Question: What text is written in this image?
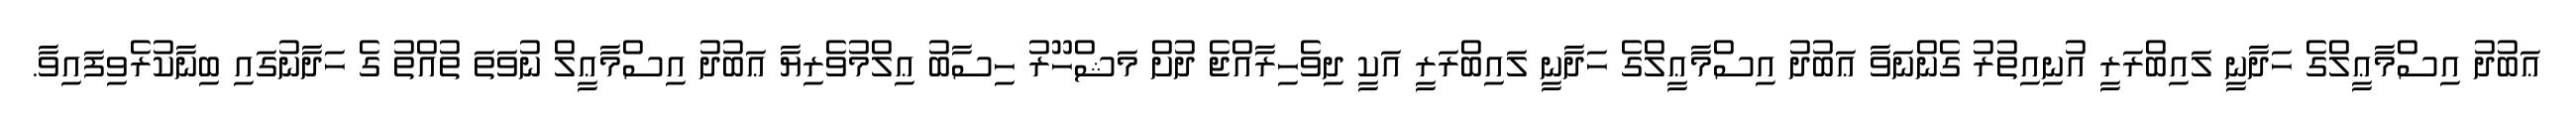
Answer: ޢަބުދު އިސްމާޢީލްގެ ހަދާނީ ލައިބްރަރީ އުނިއިތުރު ގެންނަވާ ޢަބުދު އިސްމާޢީލްގެ ހަދާނީ ލައިބްރަރީ އަކީ ދިވެހިރާއްޖެ ދުށް މަޝްހޫރު ހިސާބު ޢިލްމުވެރިޔާ ޢަބުދު އިސްމާޢީލް ނުވަތަ ތުއްތު ގެ ހަދާނުގައި ބިނާކުރެވިފައިވާ.